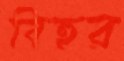
বিহুর